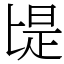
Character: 㔭